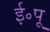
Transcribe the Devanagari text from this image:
ई॰पू